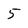
Character: 5